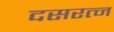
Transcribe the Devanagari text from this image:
दसरत्न